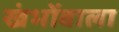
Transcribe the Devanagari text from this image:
खंभोंवाला